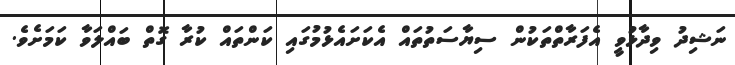
ނަޝިދު ވިދާޅުވީ އެފަރާތްތަކުން ސިޔާސަތުތައް އެކަށައެޅުމުގައި ކަންތައް ކުރާ ގޮތް ބައްލަވާ ކަމަށެވެ.